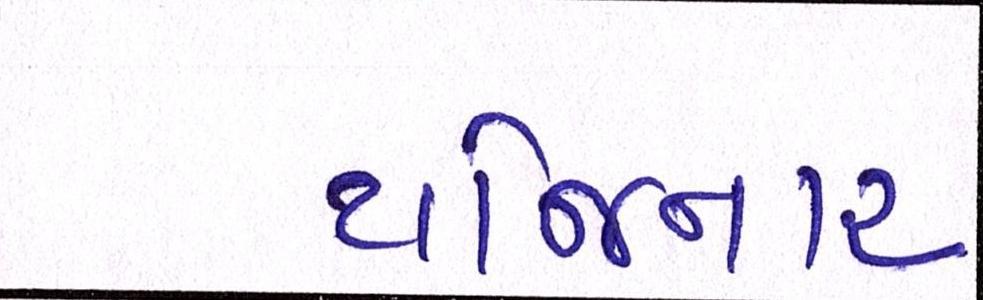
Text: યોજનાર